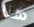
هنا